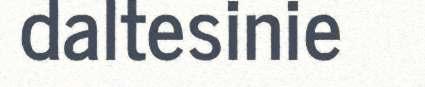
daltesinie